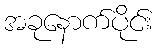
အခုနောက်ပိုင်း